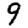
Digit: 9